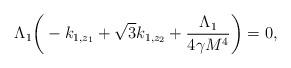
LaTeX: \begin{align*}\Lambda_1\bigg(-k_{1,z_1}+\sqrt{3}k_{1,z_2}+\frac{\Lambda_1}{4\gamma M^4}\bigg)=0,\end{align*}